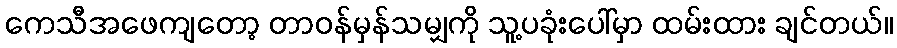
ကေသီအဖေကျတော့ တာဝန်မှန်သမျှကို သူ့ပခုံးပေါ်မှာ ထမ်းထား ချင်တယ်။